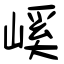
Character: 嵠